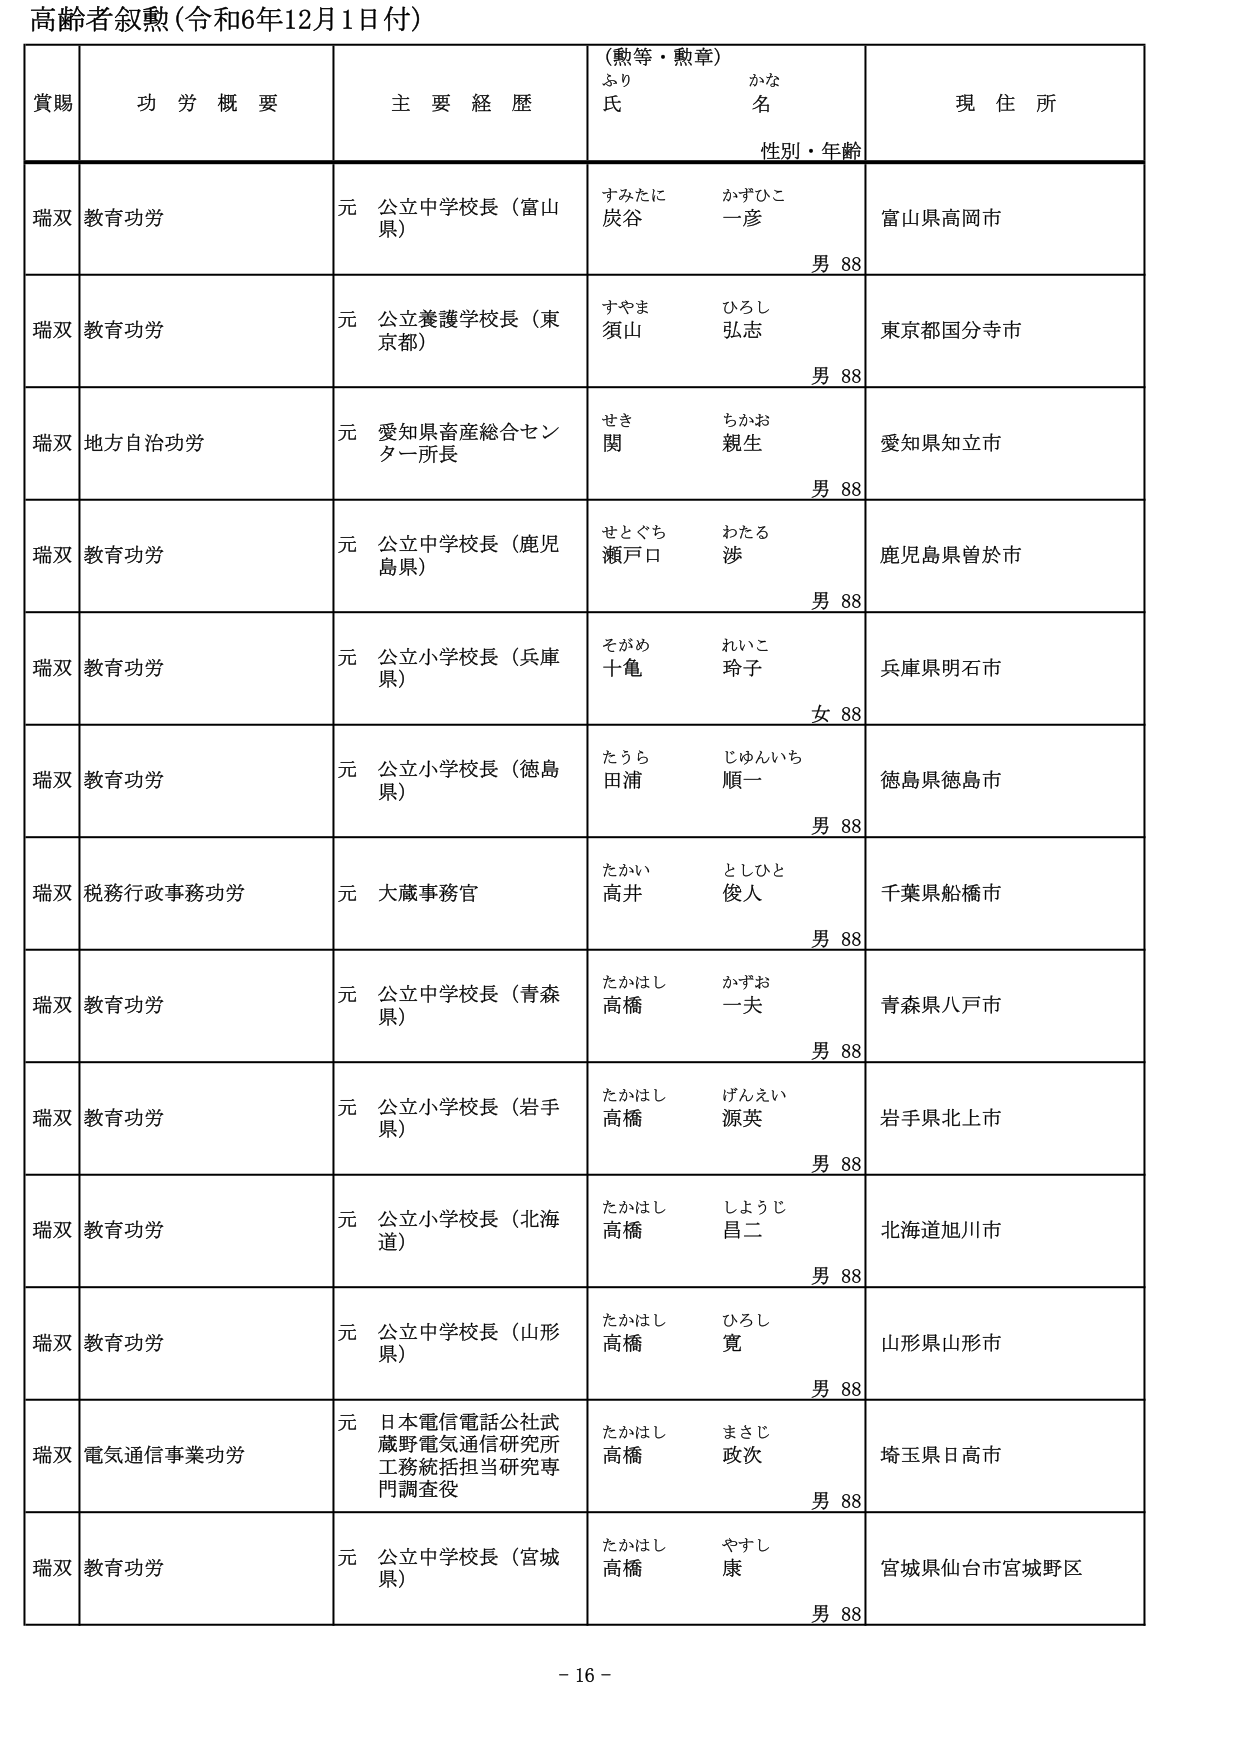
高齢者叙勲（令和6年12月1日付）

賞賜　　功労概要　　主要経歴　　（勲等・勲章）　　現住所
　　　　　　　　　　　　　ふり　　かな
　　　　　　　　　　　　　氏　　名
　　　　　　　　　　　　　性別・年齢

瑞双　教育功労　　元 公立中学校長（富山県）　　すみたに　かずひこ　　富山県高岡市
　　　　　　　　　　　　　　　　　　　　　　　炭谷　一彦　　　　　　男 88

瑞双　教育功労　　元 公立養護学校長（東京都）　　すやま　ひろし　　東京都国分寺市
　　　　　　　　　　　　　　　　　　　　　　　須山　弘志　　　　　　男 88

瑞双　地方自治功労　　元 愛知県畜産総合センター所長　　せき　ちかお　　愛知県知立市
　　　　　　　　　　　　　　　　　　　　　　　　関　親生　　　　　　男 88

瑞双　教育功労　　元 公立中学校長（鹿児島県）　　せとぐち　わたる　　鹿児島県曽於市
　　　　　　　　　　　　　　　　　　　　　　　瀬戸口　渉　　　　　　男 88

瑞双　教育功労　　元 公立小学校長（兵庫県）　　そがめ　れいこ　　兵庫県明石市
　　　　　　　　　　　　　　　　　　　　　　　十亀　玲子　　　　　　女 88

瑞双　教育功労　　元 公立小学校長（徳島県）　　たうら　じゅんいち　　徳島県徳島市
　　　　　　　　　　　　　　　　　　　　　　　田浦　順一　　　　　　男 88

瑞双　税務行政事務功労　　元 大蔵事務官　　たかい　としひと　　千葉県船橋市
　　　　　　　　　　　　　　　　　　　　　　高井　俊人　　　　　　男 88

瑞双　教育功労　　元 公立中学校長（青森県）　　たかはし　かずお　　青森県八戸市
　　　　　　　　　　　　　　　　　　　　　　　高橋　一夫　　　　　　男 88

瑞双　教育功労　　元 公立小学校長（岩手県）　　たかはし　げんえい　　岩手県北上市
　　　　　　　　　　　　　　　　　　　　　　　高橋　源英　　　　　　男 88

瑞双　教育功労　　元 公立小学校長（北海道）　　たかはし　しょうじ　　北海道旭川市
　　　　　　　　　　　　　　　　　　　　　　　高橋　昌二　　　　　　男 88

瑞双　教育功労　　元 公立中学校長（山形県）　　たかはし　ひろし　　山形県山形市
　　　　　　　　　　　　　　　　　　　　　　　高橋　寛　　　　　　　男 88

瑞双　電気通信事業功労　　元 日本電信電話公社武蔵野電気通信研究所工務統括担当研究専門調査役　　たかはし　まさじ　　埼玉県日高市
　　　　　　　　　　　　　　　　　　　　　　　　　　　　　　　　　　高橋　政次　　　　　　男 88

瑞双　教育功労　　元 公立中学校長（宮城県）　　たかはし　やすし　　宮城県仙台市宮城野区
　　　　　　　　　　　　　　　　　　　　　　　高橋　康　　　　　　男 88

- 16 -